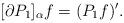
LaTeX: \begin{align*}[\partial P_1]_\alpha f = (P_1 f)'.\end{align*}